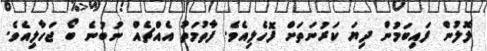
ލޮލުން ފައިބަމުން ދިޔަ ކަރުނަތަށް ފޮހެލިއެވެ. ފާތުމަތު އެއްޗެއް ނުބުނެ ބޯ ޖަހާލިއެވެ.